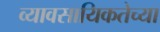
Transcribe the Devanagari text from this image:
व्यावसायिकतेच्या